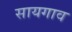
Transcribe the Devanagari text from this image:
सायगाव